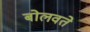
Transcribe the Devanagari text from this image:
बोलवते